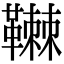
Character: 䪂